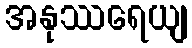
အနုဿရေယျ